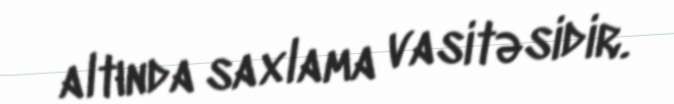
altında saxlama vasitəsidir.